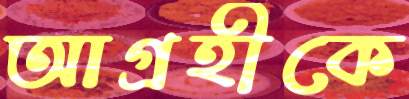
আগ্রহীকে